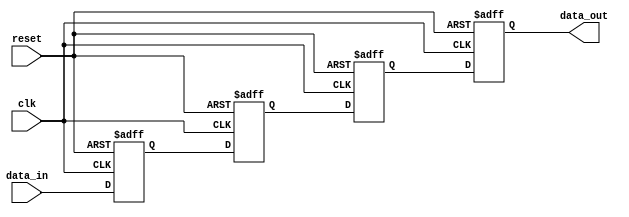
module four_flop_synchronizer (
  input wire clk,
  input wire reset,
  input wire data_in,
  output reg data_out
);

reg [3:0] flop[0:3];

always @(posedge clk or posedge reset) begin
  if (reset) begin
    flop[0] <= 1'b0;
    flop[1] <= 1'b0;
    flop[2] <= 1'b0;
    flop[3] <= 1'b0;
  end else begin
    flop[0] <= data_in;
    flop[1] <= flop[0];
    flop[2] <= flop[1];
    flop[3] <= flop[2];
  end
end

assign data_out = flop[3];

endmodule